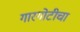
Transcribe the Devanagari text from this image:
गारगोटीचा